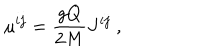
\mu ^ { i j } = { \frac { g Q } { 2 M } } J ^ { i j } \ ,